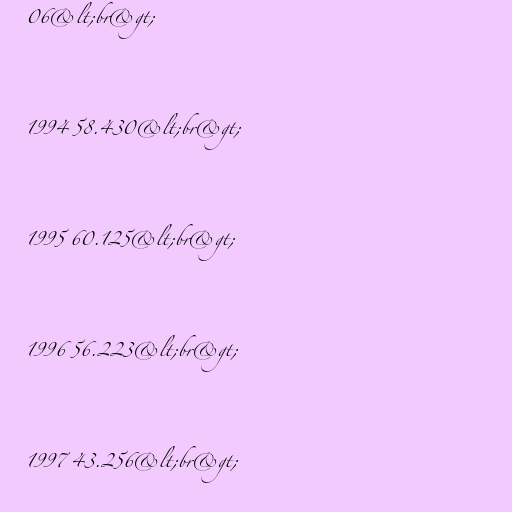
06&lt;br&gt;

1994 58.430&lt;br&gt;

1995 60.125&lt;br&gt;

1996 56.223&lt;br&gt;

1997 43.256&lt;br&gt;